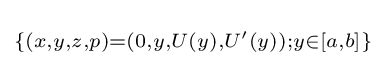
\scriptstyle \{(x,y,z,p)=(0,y,U(y),U^{\prime }(y));y\in [a,b]\}